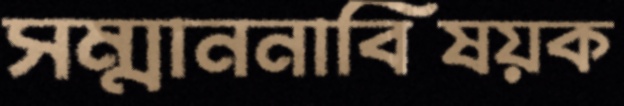
সম্মাননাবিষয়ক